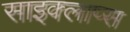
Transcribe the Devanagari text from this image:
साइक्लाप्स